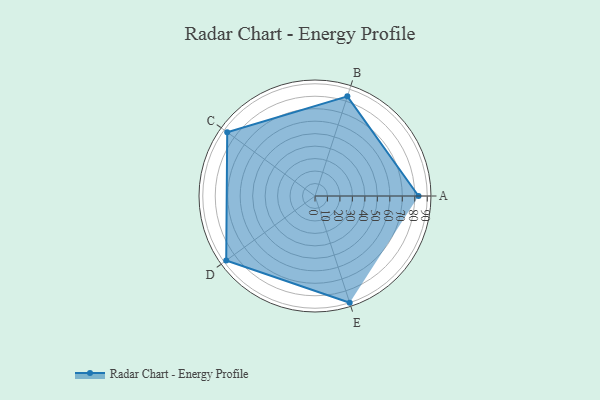
{"axis": {"x": "Skill", "y": "Score"}, "legend": ["Profile"], "data": [{"x": "A", "y": 83.0, "type": "Profile"}, {"x": "B", "y": 84.0, "type": "Profile"}, {"x": "C", "y": 87.0, "type": "Profile"}, {"x": "D", "y": 88.0, "type": "Profile"}, {"x": "E", "y": 90.0, "type": "Profile"}]}